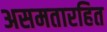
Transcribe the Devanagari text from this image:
असमतारहित